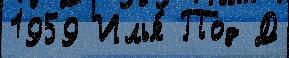
1959 Илья́ Под Д